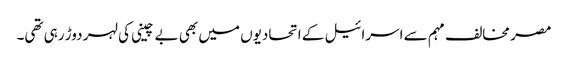
مصر مخالف مہم سے اسرائیل کے اتحادیوں میں بھی بے چینی کی لہر دوڑ رہی تھی۔